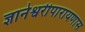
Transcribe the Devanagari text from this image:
ज्ञानेश्वरीपारायणास